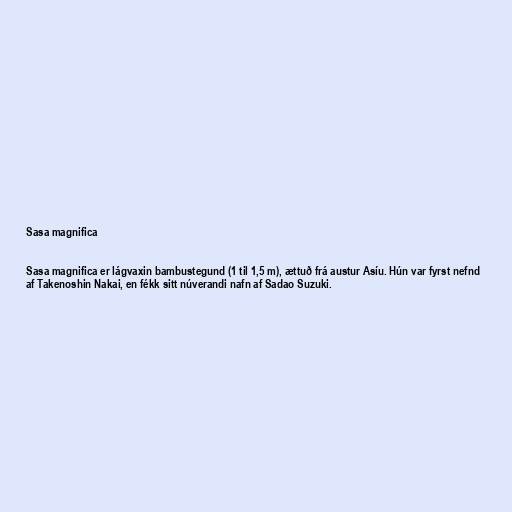
Sasa magnifica

Sasa magnifica er lágvaxin bambustegund (1 til 1,5 m), ættuð frá austur Asíu. Hún var fyrst nefnd
af Takenoshin Nakai, en fékk sitt núverandi nafn af Sadao Suzuki.